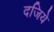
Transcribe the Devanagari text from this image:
दजिये